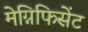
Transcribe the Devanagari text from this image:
मेग्निफिसेंट